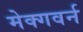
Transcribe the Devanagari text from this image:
मेक्गवर्न